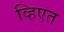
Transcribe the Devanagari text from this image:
व्हिएत